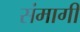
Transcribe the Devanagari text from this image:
संमागी